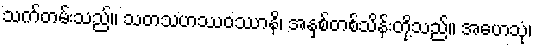
သက်တမ်းသည်။ သတသဟဿဝဿာနိ၊ အနှစ်တစ်သိန်းတို့သည်။ အဟေသုံ၊